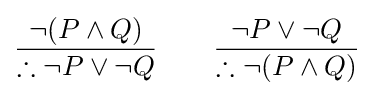
{\frac {\neg (P\land Q)}{\therefore \neg P\lor \neg Q}}\qquad {\frac {\neg P\lor \neg Q}{\therefore \neg (P\land Q)}}